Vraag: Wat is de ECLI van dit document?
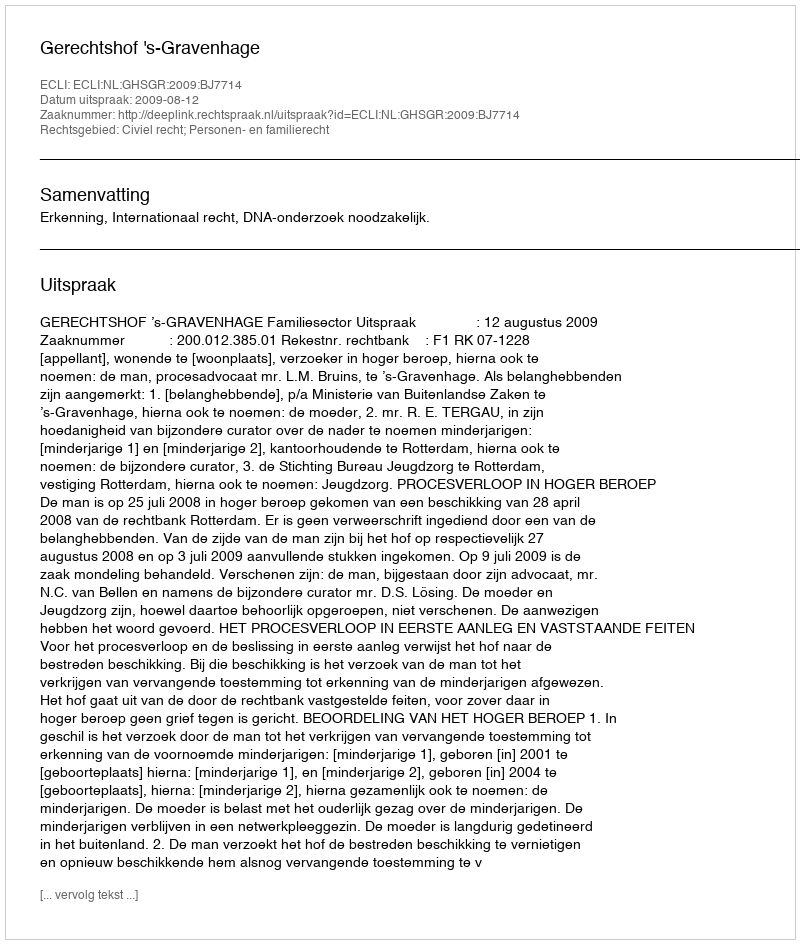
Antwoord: ECLI:NL:GHSGR:2009:BJ7714